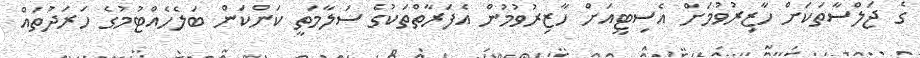
ގެ ޖަލްސާތަކަށް ހާޒިރުވުމަށް އެސިޓީއަށް ހާޒިރުވުމުން އެފަރާތްތަކުގެ ސަލާމަތީ ކަންކަން ބަލެހެއްޓުމުގެ ހަރަދުތައް